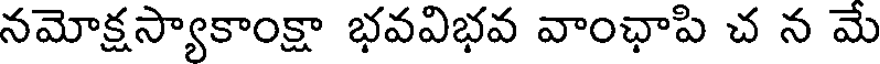
నమోక్షస్యాకాంక్షా భవవిభవ వాంఛాపి చ న మే